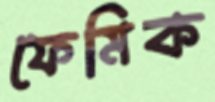
ফেমিক